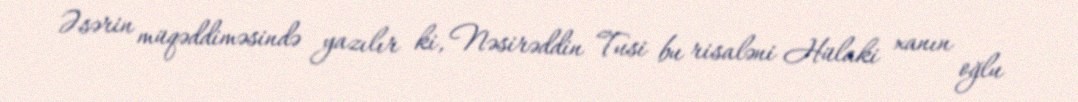
Əsərin müqəddiməsində yazılır ki, Nəsirəddin Tusi bu risaləni Hülaki xanın oğlu